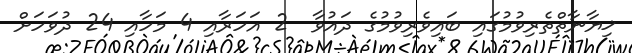
ޚިޔާނާތްތެރިވުމުގައި ބައިވެރިވުމުގެ ދައުވާ  2 އަހަރާއި 4 މަހާއި 24 ދުވަހަށް